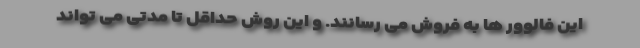
این فالوور ها به فروش می رسانند. و این روش حداقل تا مدتی می تواند